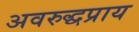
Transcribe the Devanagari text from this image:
अवरुद्धप्राय